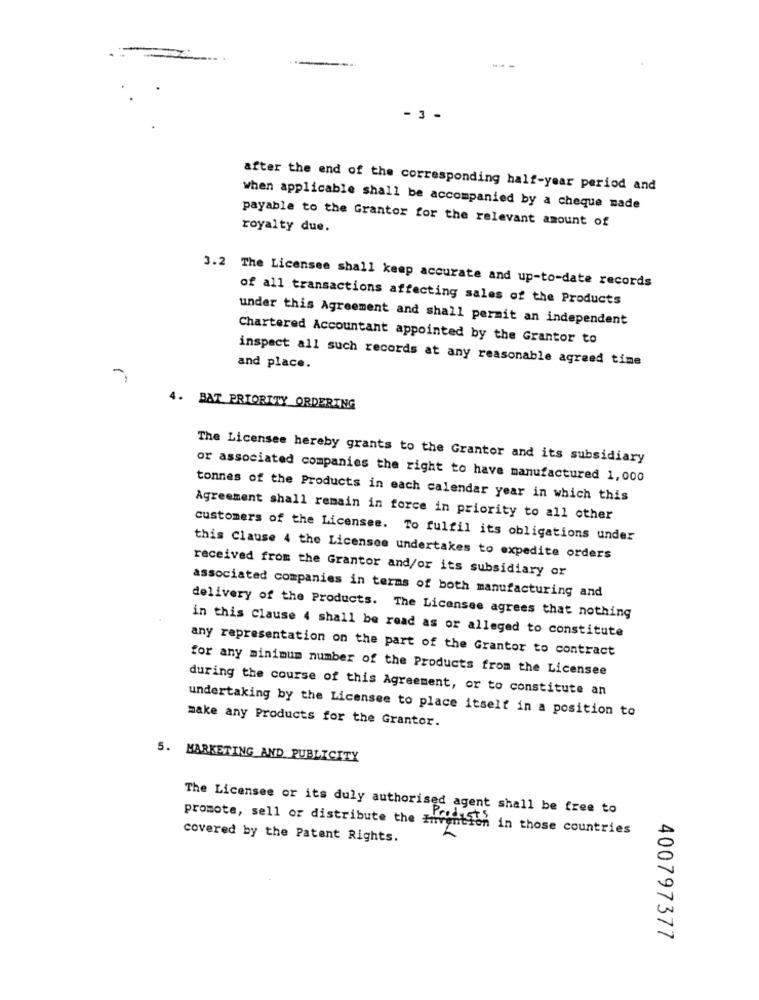
- 3 -
after the end of the corresponding half-year period and
when applicable shall be accompanied by a cheque made
royalty due.
payable to the Grantor for the relevant amount of
3.2 The Licensee shall keep accurate and up-to-date records
of all transactions affecting sales of the Products
under this Agreement and shall permit an independent
Chartered Accountant appointed by the Grantor to
inspect all such records at any reasonable agreed time
and place.
-
4. BAT PRIORITY ORDERING
The Licensee hereby grants to the Grantor and its subsidiary
or associated companies the right to have manufactured 1,000
tonnes of the Products in each calendar year in which this
Agreement shall remain in force in priority to all other
customers of the Licensee. To fulfil its obligations under
this Clause 4 the Licensee undertakes to expedite orders
received from the Grantor and/or its subsidiary or
associated companies in terms of both manufacturing and
delivery of the Products. The Licensee agrees that nothing
in this Clause 4 shall be read as or alleged to constitute
any representation on the part of the Grantor to contract
for any minimum number of the Products from the Licensee
during the course of this Agreement, or to constitute an
make any Products for the Grantor.
undertaking by the Licensee to place itself in a position to
5. MARKETING AND PUBLICITY
The Licensee or its duly authorised agent shall be free to
promote, sell or distribute the Hivimtion in those countries
covered by the Patent Rights.
400797377